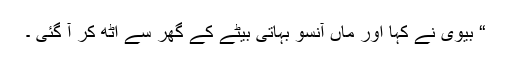
“ بیوی نے کہا اور ماں آنسو بہاتی بیٹے کے گھر سے اٹھ کر آ گئی ۔